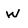
Character: W